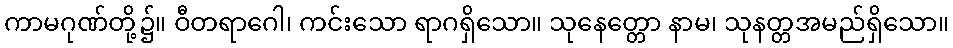
ကာမဂုဏ်တို့၌။ ဝီတရာဂေါ၊ ကင်းသော ရာဂရှိသော။ သုနေတ္တော နာမ၊ သုနတ္တအမည်ရှိသော။